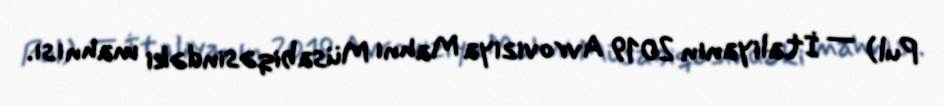
Pul) — İtaliyanın 2019 Avroviziya Mahnı Müsabiqəsindəki mahnısı.